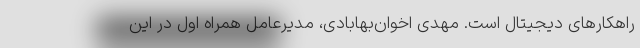
راهکارهای دیجیتال است. مهدی اخوان‌بهابادی، مدیرعامل همراه اول در این